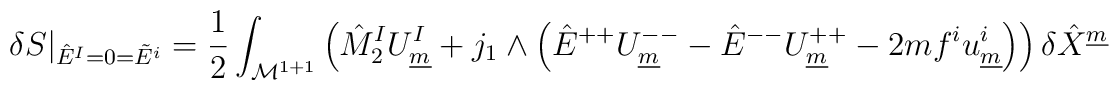
\delta S\vert_{\hat{E}^I=0=\tilde{E}^i} =  {1 \over 2} \int_{{\cal M}^{1+1}}\left( \hat{M}_2^I U^I_{\underline{m}} + j_1 \wedge \left( \hat{E}^{++}U^{--}_{\underline{m}} - \hat{E}^{--} U^{++}_{\underline{m}} - 2 m f^iu^{i}_{\underline{m}} \right) \right) \delta \hat{X}^{\underline{m}}